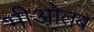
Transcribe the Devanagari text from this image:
भीओतब